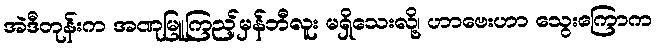
အဲဒီတုန်းက အဏုမြူကြည့်မှန်ဘီလူး မရှိသေးလို့၊ ဟာဗေးဟာ သွေးကြောက